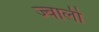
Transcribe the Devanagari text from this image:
ज्वाली